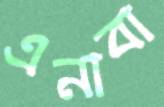
এনাবা